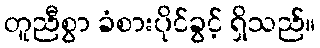
တူညီစွာ ခံစားပိုင်ခွင့် ရှိသည်။